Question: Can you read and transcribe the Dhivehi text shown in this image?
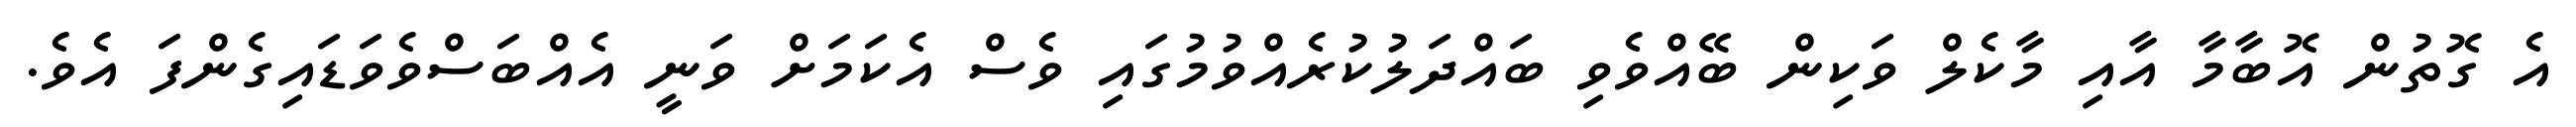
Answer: އެ ގޮތުން އޮބާމާ އާއި މާކެލް ވަކިން ބޭއްވެވި ބައްދަލުކުރެއްވުމުގައި ވެސް އެކަމަށް ވަނީ އެއްބަސްވެވަޑައިގެންފަ އެވެ.